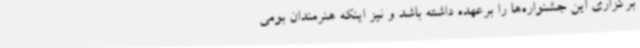
برگزاری این جشنواره‌ها را برعهده داشته باشد و نیز اینکه هنرمندان بومی